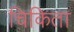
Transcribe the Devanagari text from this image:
चिकिता